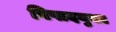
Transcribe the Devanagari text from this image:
विषादयुक्त